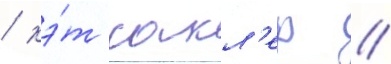
/ кэ́т сакл'ер /